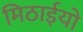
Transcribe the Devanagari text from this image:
मिठाईयो